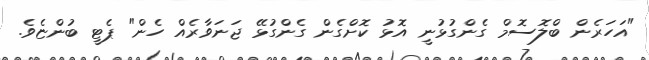
"އަހަރެން ބްލޮސޮމް ގެންގުޅުނީ އޮޅު ކޮށްގެން ގެންގުޅޭ ޖަނަވާރެއް ހެން" ޕެޓީ ބުންޏެވެ.